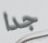
جدا